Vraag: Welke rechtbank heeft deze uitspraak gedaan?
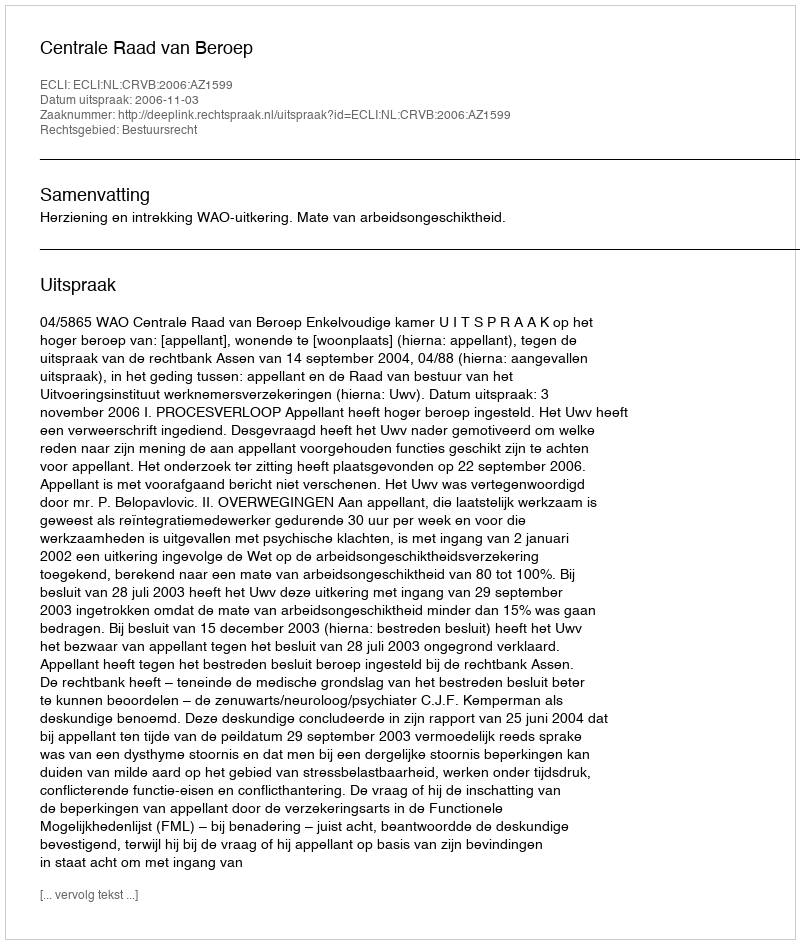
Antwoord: Centrale Raad van Beroep